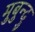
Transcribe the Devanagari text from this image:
मुबुन्दु